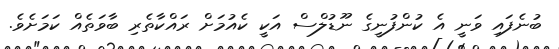
ބުނެފައި ވަނީ އެ ކުންފުނީގެ ނޫޑުލްސް އަކީ ކެއުމަށް ރައްކާތެރި ބާވަތެއް ކަމަށެވެ.